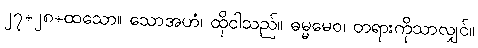
၂၇+၂၈+ထသော။ သောအဟံ၊ ထိုငါသည်။ ဓမ္မမေဝ၊ တရားကိုသာလျှင်။